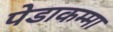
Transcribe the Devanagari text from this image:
पेडाकम्मा